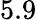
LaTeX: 5.9